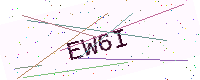
Text: EW6I